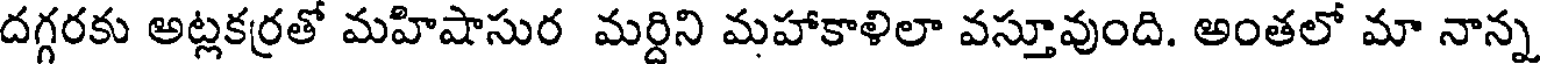
దగ్గరకు అట్లకర్రతో మహిషాసుర మర్దిని మహాకాళిలా వస్తూవుంది. అంతలో మా నాన్న